Annual report of the Punjab Veterinary College and of the Civil Veterinary Department, Punjab - 1909-1919
Year: 1909
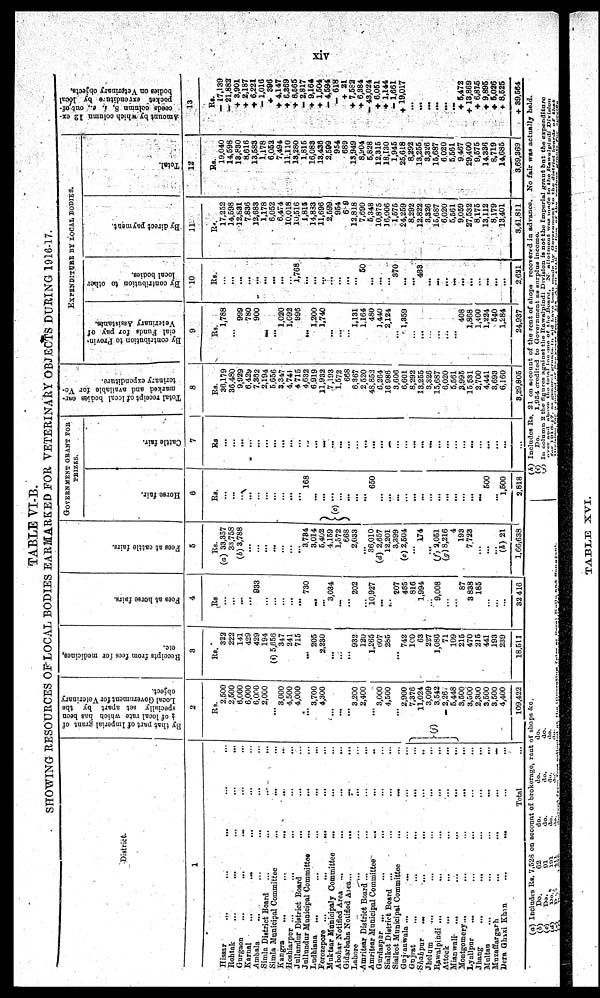
xiv
TABLE VI-B.
SHOWING RESOURCES OF LOCAL BODIES EARMARKED FOR VETERINARY OBJECTS DURING 1916-17.
District
1
Hissar
…
…
…
…
…
Rohtak
…
…
…
…
…
Gurgaon … … … … …
Karnal … … … … …
Ambala … … … … …
Simla District Board … … … … …
Simla Municipal Committee … … … … …
Kangra
...
...
...
...
...
Hoshiarpur … … … … …
Jullundur District Board … … …
Jullundur Municipal Committee … … … …
Ludhiana … … … … …
Ferozepore
…
…
…
…
…
Muktsar Municipaly Committee … … …
Abohar Notified Area … … … …
Gidarbaha Notified Area … … … …
Lahore
…
…
…
…
…
Amritsar District Board … … … … …
Amritsar Municipal Committee … … … …
Gurdaspur … … … … …
Sialkot District Board … … … … …
Sialkot Municipal Committee … … …
Gujranwala … … … … …
Gujrat … … … … …
Shahpur … … … … …
Jhelam … … … … …
Rawalpindi … … … … …
Attock … … … … …
Mianwali
...
...
...
...
...
Montgomery...
...
...
...
Lyallpur … … … … …
Jhang … … … … …
Multan … … … … …
Muzaffargarh
...
...
...
...
...
Dera Ghazi Khan … … … …
Total ...
By t ha t p a r t of I mper i
al grant of
of l ocal r at e wh i c h has been
specially set apart by the
Local Go v e rn
me n t for Vet er i
nar y
object.
2
Rs.
2,500
2,500
6,600
6,000
6,000
2,000
...
3,000
4,500
4,000
...
3,700
4,300
...
...
...
3,200
2,400
...
3,000
4,500
...
2,900
(j)
7,376
11,024
3,099
3,542
2,26
5,448
3,500
3,500
2,300
3,500
3,500
4,400
109,422
Receipts
from fees for medicines,
etc.
3
Rs.
322
222
141
429
429
194
(i) 5,656
347
241
715
...
205
2,230
...
...
...
932
120
1,265
607
285
...
742
160
63
227
1,086
71
109
215
470
215
441
193
239
18,511
Fees at horse fairs.
4
Rs
...
...
...
...
933
...
...
...
...
...
730
...
...
3,034
...
...
202
...
10,927
...
...
207
455
816
1,994
...
9,608
...
...
87
3 838
185
...
...
...
32,416
Fees at cattle fairs.
5
Rs.
(a) 33,357
33,758
(b) 3,788
...
...
...
...
...
...
...
3,731
3,014
5,492
4,159
1,572
668
2,033
...
30,010
(d) 2,657
12,201
3,399
(e) 2,504
...
174
...
(f) 2,051
(g) 8,216
4
193
7.723
...
...
...
(h) 21
1,66,638
GOVERNMENT GRANT FOR
PRIZES.
Hor s e fair.
6
Rs.
...
...
...
...
...
...
...
...
...
...
168
...
(c)
...
...
...
...
...
...
650
...
...
...
...
...
...
...
...
...
...
...
...
...
500
...
1,500
2.818
Cattle fair.
7
Rs
...
...
...
...
...
...
...
...
...
...
...
...
...
...
...
...
...
...
...
...
...
...
...
...
...
...
...
...
...
...
...
...
...
...
...
...
Total receipt of local bodies Ear¬
marked and available for Ve¬
terinary expenditure.
8
Rs.
36,179
36,480
9,929
6,429
7,362
2,194
5,656
3,347
4,741
4,715
4,632
6,919
11,932
7,193
1,572
668
6,307
2,520
48,852
6,264
16,986
3,606
6,601
8,292
13,255
3,326
15,687
6,020
5,561
3.995
15,531
2,700
4,441
3,693
6,160
3.29,805
EXPENDITURE BY LOCAL BODIES.
By contribution to Provin¬
cial Funds for pay of
Veterinary Assistants.
9
Rs.
1,788
...
999
780
900
...
...
1,020
1,092
996
...
1,200
1,740
...
...
...
1,131
1,164
480
1,440
2,124
...
1,859
...
...
...
...
...
...
408
1,868
1,400
1,224
540
1,284
24,937
By contribution to other
local bodies.
10
Rs.
...
...
...
...
...
...
...
...
...
1,768
...
...
...
...
...
...
...
50
...
...
...
370
...
...
433
...
...
...
...
...
...
...
...
...
...
2,621
By direct payment.
11
Rs.
17,252
14,598
12,831
7,830
12,683
1,178
6,052
6,474
10,018
10,516
1,815
14,833
11,696
2,599
954
689
12,818
7,690
5,348
10,875
16,006
1,575
24,259
8,292
12,822
3,326
15,687
6,020
5,561
9,059
27,532
8,175
13,112
8,179
13,401
3,41,811
Total.
12
Rs.
19,040
14,598
13,830
8,616
13,583
1,178
6,052
7,494
11,110
13,280
1,815
16,083
13,436
2,599
954
689
13,949
8,904
5,828
12,315
18,130
1,945
25,618
8,292
13,255
3,326
15,687
6,020
5,561
9,467
29,400
9,575
14,336
8,719
14,685
3,69,369
Amount by which column 12 ex-
ceeds column 8, i. e., out of -
pocket extenditure
by
bodies on Veterinary objects.
13
Rs.
— 17,139
— 21,882
+ 3,901
+ 2,187
+ 6,221
— 1,016
+ 396
+ 4,147
+ 6,369
+ 8,565
— 2,817
+ 9,164
+ 1,504
— 4,594
— 618
+ 21
+ 7,582
+ 6,384
— 43,024
+ 6,051
+ 1,144
— 1,661
+ 19,017
...
...
...
...
...
...
+ 5,472
+ 13,869
+ 6,875
+ 9,895
+ 5,026
+ 8,525
+ 39,564
(a) Includes Rs. 7,528 on account of brokerage, rent of shops & c.
(b)
(c)
(d)
(e)
Do.
Do.
Do.
Do.
62
91
191
411
do.
do.
do.
do.
do.
do.
do.
do.
do.
do.
do.
do.
(h) Includes Rs. 21 on account of the rent of shops recovered in advance. No fair was actually held.
(i)
Do.
1,954
credited
to
Government
as
surplus
income.
(j) In column 2 the figures against the Rawalpindi Divison is not the Imperial grant but the expenditure
over and